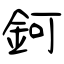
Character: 鈳